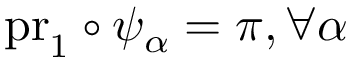
\mathrm { p r } _ { 1 } \circ \psi _ { \alpha } = \pi , \forall \alpha